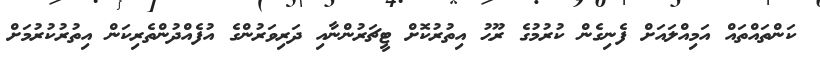
ކަންތައްތައް އަމިއްލައަށް ފެނިގެން ކުރުމުގެ ރޫޙު އިތުރުކޮށް ޓީޗަރުންނާއި ދަރިވަރުންގެ އުފެއްދުންތެރިކަން އިތުރުކުރުމަށް